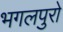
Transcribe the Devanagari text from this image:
भगलपुरो